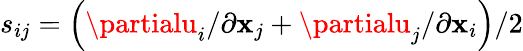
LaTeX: s_{ij}=\left(\partialu_{i}/\partial\mathbf{x}_{j}+\partialu_{j}/\partial\mathbf{x}_{i}\right)/2